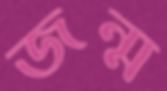
জন্ম